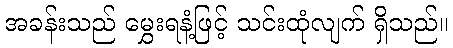
အခန်းသည် မွှေးရနံ့ဖြင့် သင်းထုံလျက် ရှိသည်။